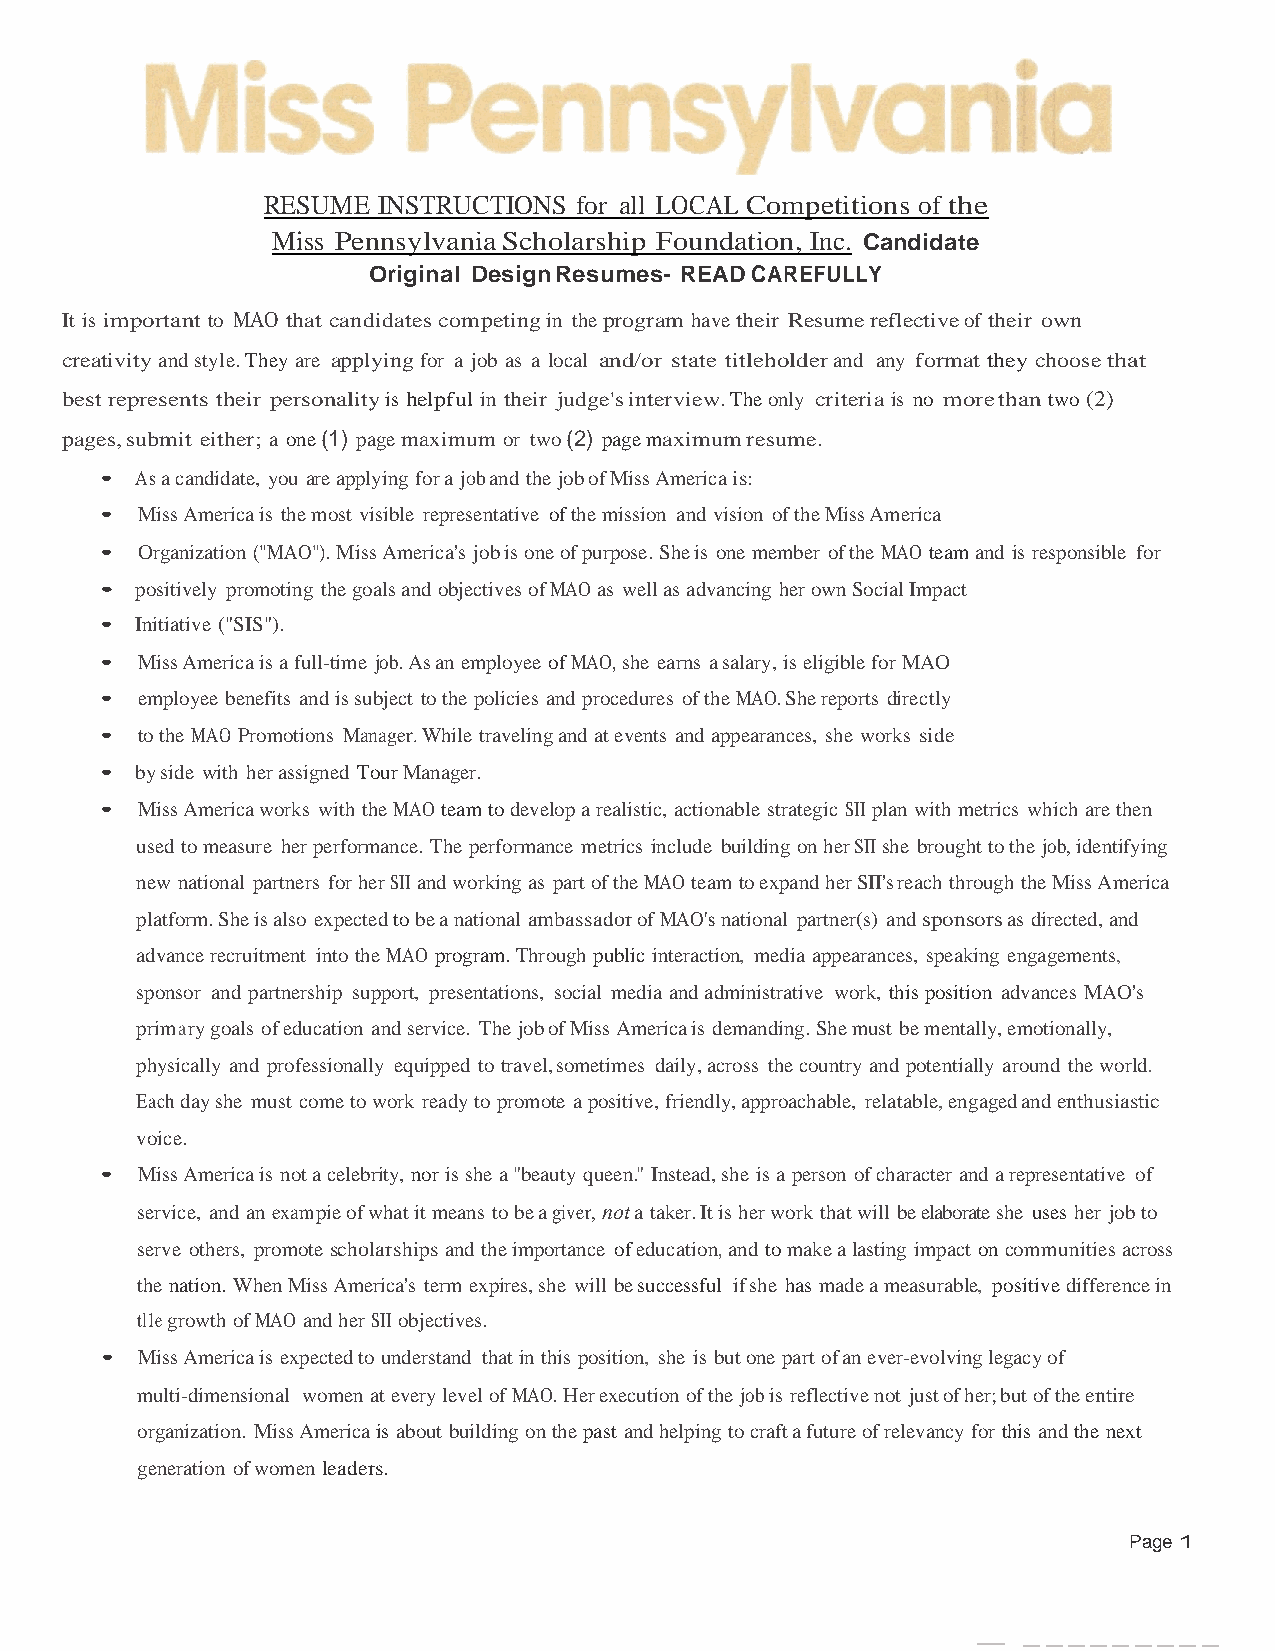
RESUME  INSTRUCTIONS for all LOCAL Competitions of the
 Miss Pennsylvania Scholarship Foundation, Inc. Candidate
 Original Design Resumes- READ CAREFULLY
 It is important to MAO that candidates competing in the program have their Resume reflective of their own
 creativity and style. They are applying for a job as a local and/or state titleholder and any format they choose that
 best represents their personality is helpful in their judge's interview. The only criteria is no more than two (2)
 pages, submit either; a one (1) page maximum or two (2) page maximum resume.
 • As a candidate, you are applying for a job and the job of Miss America is:
 • Miss America is the most visible representative of the mission and vision of the Miss America
 • Organization ("MAO"). Miss America's job is one of purpose. She is one member of the MAO team and is responsible for
 • positively promoting the goals and objectives of MAO as well as advancing her own Social Impact
 • Initiative ("SIS").
 • Miss America is a full-time job. As an employee of MAO, she earns a salary, is eligible for MAO
 • employee benefits and is subject to the policies and procedures of the MAO. She reports directly
 • to the MAO Promotions Manager. While traveling and at events and appearances, she works side
 • by side with her assigned Tour Manager.
 • Miss America works with the MAO team to develop a realistic, actionable strategic SII plan with metrics which are then
 used to measure her performance. The performance metrics include building on her SII she brought to the job, identifying
 new national partners for her SII and working as part of the MAO team to expand her SII's reach through the Miss America
 platform. She is also expected to be a national ambassador of MAO's national partner(s) and sponsors as directed, and
 advance recruitment into the MAO program. Through public interaction, media appearances, speaking engagements,
 sponsor and partnership support, presentations, social media and administrative work, this position advances MAO's
 prim a ry goals of education and service. The job of Miss America is demanding. She must be mentally, emotionally,
 physically and professionally equipped to travel, sometimes daily, across the country and potentially around the world.
 Each day she must come to work ready to promote a positive, friendly, approachable, relatable, engaged and enthusiastic
 voice.
 • Miss America is not a celebrity, nor is she a "beauty queen." Instead, she is a person of character and a representative of
 service, and an exam pie of what it means to be a giver, not a taker. It is her work that will be elaborate she uses her job to
 serve others, promote scholarships and the importance of education, and to make a lasting impact on communities across
 the nation. When Miss America's term expires, she will be successful if she has made a measurable, positive difference in
 tl1e growth of MAO and her SII objectives.
 • Miss America is expected to understand that in this position, she is but one part of an ever-evolving legacy of
 multi-dimensional women at every level of MAO. Her execution of the job is reflective not just of her; but of the entire
 organization. Miss America is about building on the past and helping to craft a future of relevancy for this and the next
 generation of women leaders.
 Page 1
 -   ---------